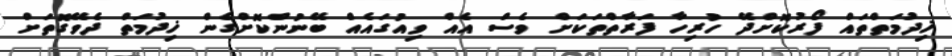
ޚިދުމަތްތައް ފޯރުކޮށްދޭ ހުރިހާ ފަރާތްތަކަށް ވެސް އެއް ވިއުގައެއް ބޭނުންކޮށްގެން ޚިދުމަތް ދެވޭގޮތަށް